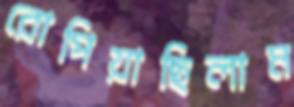
রোপিয়াছিলাম